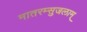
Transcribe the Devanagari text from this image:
मातरम्सुजलाम्